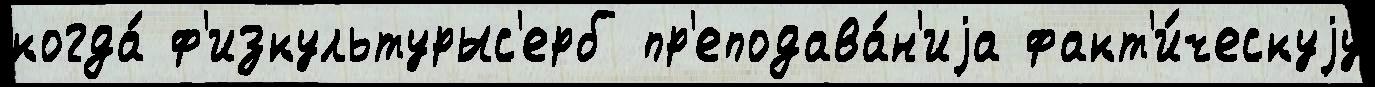
когда́ ф'изкультурыс'ерб пр'еподава́н'иjа факт'и́ческуjу